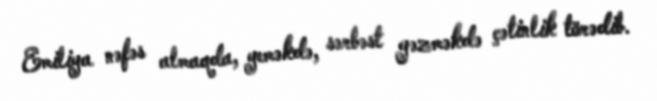
Emiliya nəfəs almaqda, yeməkdə, sərbəst gəzməkdə çətinlik törədib.